Annual report of the Punjab Veterinary College and of the Civil Veterinary Department, Punjab - 1894-1908
Year: 1894
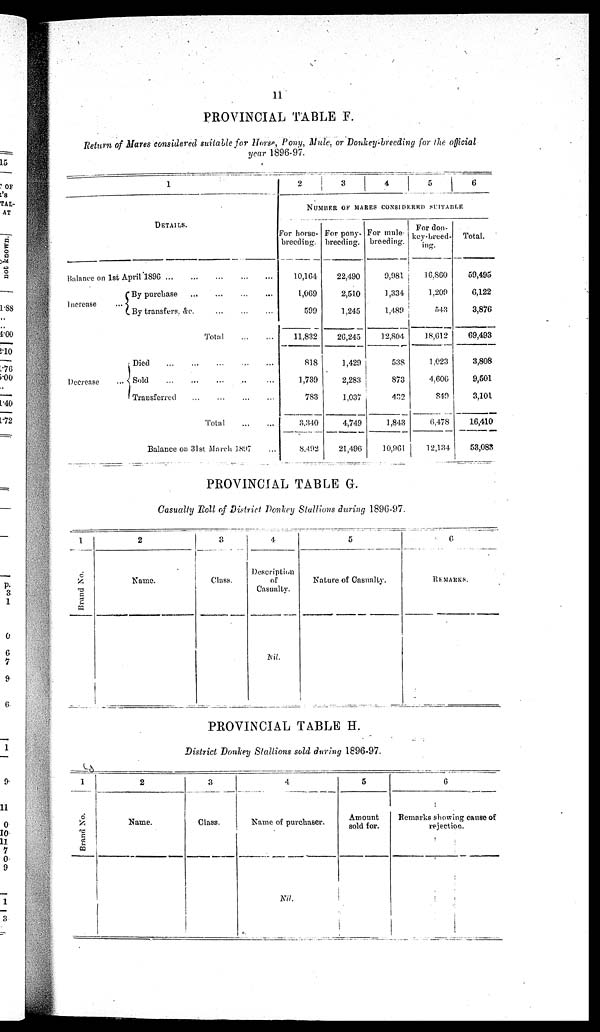
11
PROVINCIAL TABLE F.
Return of Mares considered suitable for Horse, Pony, Mule, or Donkey-breeding for the official
year 1896-97.
1
DETAILS.
Balance on1st April
1896
...
...
...
...
...
Increase
By
purchase ... ... ... ... ...
By transfers. &c.
...
...
...
Total
...
...
Decrease
Died ... ... ... ... ...
... Sold ... ... ... ... ...
Transferred ... ... ......
Total ... ...
Balance on 31st March 1897 ...
2
3
4
5 6
NUMBER OF MARES CONSIDERED SUITABLE
For horse-
breeding.
10,164
1,069
599
11,832
818
1,739
783
3.310
8,492
For pony-
breeding.
22,490
2,510
1,245
26,245
1,429
2,283
1,037
4,749
21,496
For mule
breeding.
9,981
1,334
1,489
12,804
538
873
432
1,843
10,961
For don-
key-breed-
ing.
16,860
1,209
543
18,612
1,023
4,606
849
6,478
12,134
Total.
59,495
6,122
3,876
69,493
3,808
9,501
3,101
16,410
53,083
PROVINCIAL TABLE G.
Casualty Roll of District Donkey Stallions during 1896-97.
1
Brand No.
2
Name.
3
Class.
4
Description
of
Casualty.
Nil.
5
Nature of Casualty.
6
REMARKS.
PROVINCIAL TABLE H.
District Donkey Stallions sold during 1896-97.
1
Brand No.
2
Name.
3
Class.
4
Name of purchaser.
Nil.
5
Amount
sold for.
6
Remarks showing cause of
rejection.